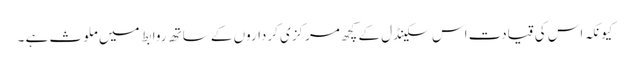
کیونکہ اس کی قیادت اس سکینڈل کے کچھ مرکزی کرداروں کے ساتھ روابط میں ملوث ہے ۔